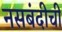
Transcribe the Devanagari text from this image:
नसबंदीची